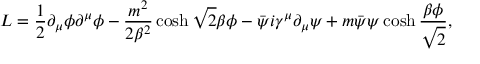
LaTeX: { \cal L } = \frac 1 2 \partial _ { \mu } \phi \partial ^ { \mu } \phi - \frac { m ^ { 2 } } { 2 \beta ^ { 2 } } \cosh \sqrt 2 \beta \phi - \bar { \psi } i \gamma ^ { \mu } \partial _ { \mu } \psi + m \bar { \psi } \psi \cosh \frac { \beta \phi } { \sqrt 2 } ,